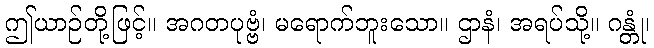
ဤယာဉ်တို့ဖြင့်။ အဂတပုဗ္ဗံ၊ မရောက်ဘူးသော။ ဌာနံ၊ အရပ်သို့။ ဂန္တုံ၊